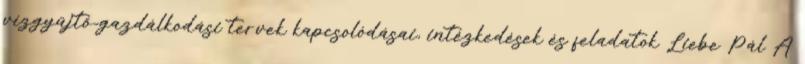
vízgyűjtő-gazdálkodási tervek kapcsolódásai, intézkedések és feladatok Liebe Pál A